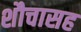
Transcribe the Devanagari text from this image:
शौचासह